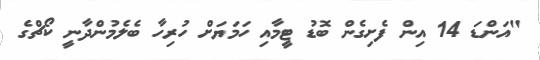
"އަންޑަ 14 އިން ފެށިގެން ބޮޑު ޓީމާއި ހަމަޔަށް ހުރިހާ ބެލެމުންދާނީ ކޯޗްގެ